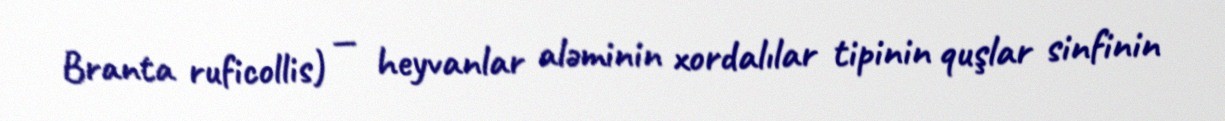
Branta ruficollis) — heyvanlar aləminin xordalılar tipinin quşlar sinfinin